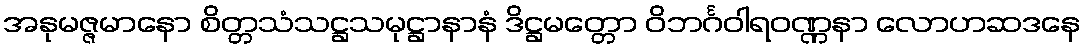
အနုမဇ္ဇမာနော စိတ္တသံသဋ္ဌသမုဋ္ဌာနာနံ ဒိဋ္ဌမတ္တော ဝိဘင်္ဂဝါရဝဏ္ဏနာ လောဟဆဒနေ